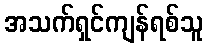
အသက်ရှင်ကျန်ရစ်သူ